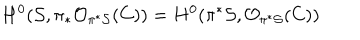
H ^ { 0 } ( { \cal S } , \pi _ { * } { \cal O } _ { \pi ^ { * } { \cal S } } ( C ) ) = H ^ { 0 } ( \pi ^ { * } { \cal S } , { \cal O } _ { \pi ^ { * } { \cal S } } ( C ) )